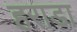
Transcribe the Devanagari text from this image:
हराडा